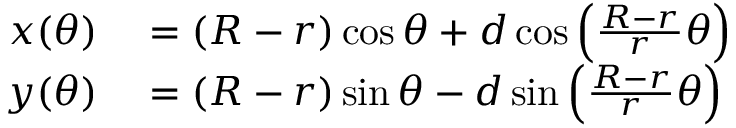
\begin{array} { r l } { x ( \theta ) } & { { } = ( R - r ) \cos \theta + d \cos \left( { \frac { R - r } { r } } \theta \right) } \\ { y ( \theta ) } & { { } = ( R - r ) \sin \theta - d \sin \left( { \frac { R - r } { r } } \theta \right) } \end{array}